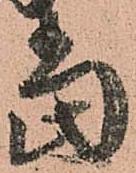
當